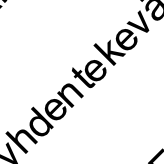
h d e nt e k e v